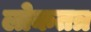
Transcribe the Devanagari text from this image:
लोकतत्र